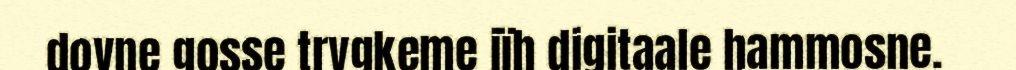
dovne gosse trygkeme jïh digitaale hammosne.